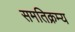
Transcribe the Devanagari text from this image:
समतिक्रम्य